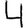
Digit: 4